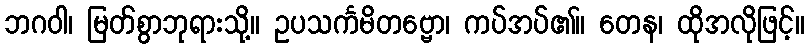
ဘဂဝါ၊ မြတ်စွာဘုရားသို့။ ဥပသင်္ကမိတဗ္ဗော၊ ကပ်အပ်၏။ တေန၊ ထိုအလိုဖြင့်။